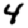
Digit: 4